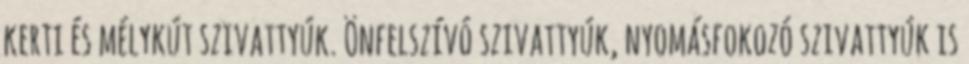
kerti és mélykút szivattyúk. Önfelszívó szivattyúk, nyomásfokozó szivattyúk is